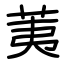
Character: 荑